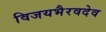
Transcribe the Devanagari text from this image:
विजयभैरवदेव